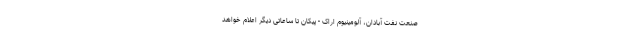
صنعت نفت آبادان، آلومینیوم اراک - پیکان تا ساعاتی دیگر اعلام خواهد